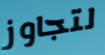
لتجاوز